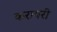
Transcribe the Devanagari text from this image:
करायरी